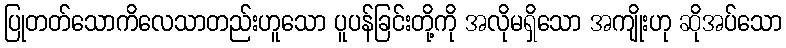
ပြုတတ်သောကိလေသာတည်းဟူသော ပူပန်ခြင်းတို့ကို အလိုမရှိသော အကျိုးဟု ဆိုအပ်သော